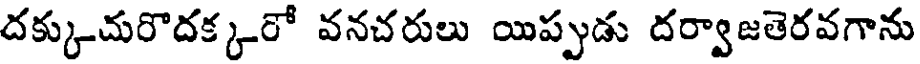
దక్కుచురొదక్కరో వనచరులు యిప్పుడు దర్వాజతెరవగాను